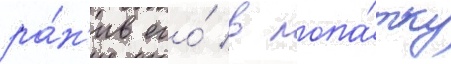
ра́н'ив его́ в лопа́тку